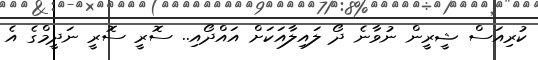
ކުރިއަސް ޝީރީން ނުވާނެ ދޯ ލައިލާއަކަށް އައްދޯއި.. ސޮރީ ސޮރީ ނަދީމްގެ އެ